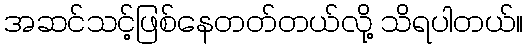
အဆင်သင့်ဖြစ်နေတတ်တယ်လို့ သိရပါတယ်။